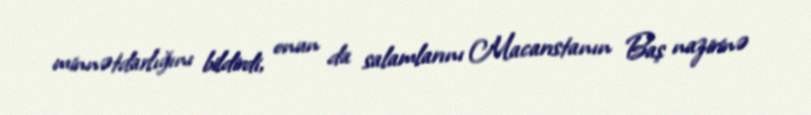
minnətdarlığını bildirdi, onun da salamlarını Macarıstanın Baş nazirinə